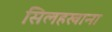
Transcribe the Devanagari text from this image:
सिलहखाना